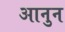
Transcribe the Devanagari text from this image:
आनुन